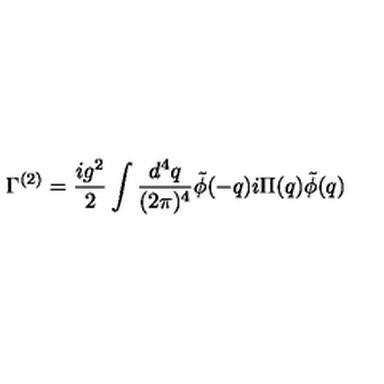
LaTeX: \Gamma ^ { ( 2 ) } = \frac { i g ^ { 2 } } { 2 } \int \frac { d ^ { 4 } q } { ( 2 \pi ) ^ { 4 } } \tilde { \phi } ( - q ) i \Pi ( q ) \tilde { \phi } ( q )